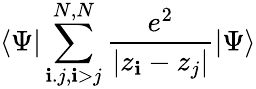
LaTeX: \left<\Psi\right|\sum_{\mathbf{i}.j,\mathbf{i}>j}^{N,N}\frac{{e^{2}}}{{|z_{\mathbf{i}}-z_{j}|}}\left|\Psi\right>